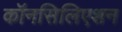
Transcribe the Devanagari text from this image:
कॉनसिलिएशन